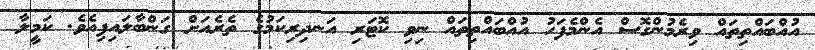
އުއްބައްތިތައް ވިރެމުންގޮސް އެންމެފަހު އުއްބައްތިތައް ނިވި ކޮޓަރި އަނދިރިކަމުގެ ތެރެއަށް ގަންބާލައިފިއެވެ. ކަމީލާ